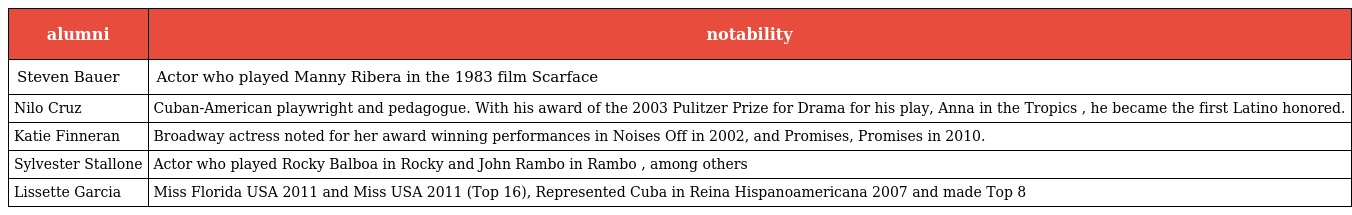
| alumni | notability |
 | --- | --- |
 | Steven Bauer | Actor who played Manny Ribera in the 1983 film Scarface |
 | Nilo Cruz | Cuban-American playwright and pedagogue. With his award of the 2003 Pulitzer Prize for Drama for his play, Anna in the Tropics , he became the first Latino honored. |
 | Katie Finneran | Broadway actress noted for her award winning performances in Noises Off in 2002, and Promises, Promises in 2010. |
 | Sylvester Stallone | Actor who played Rocky Balboa in Rocky and John Rambo in Rambo , among others |
 | Lissette Garcia | Miss Florida USA 2011 and Miss USA 2011 (Top 16), Represented Cuba in Reina Hispanoamericana 2007 and made Top 8 |